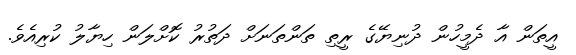
އީތަން އާ ދެމީހުން ދުނިޔޭގެ ރީތި ތަންތަނަށް ދަތުރު ކޮށްލަން ހިޔާލު ކުރިއެވެ.